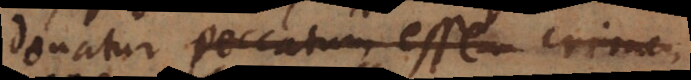
donatur peccatum esse, n